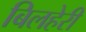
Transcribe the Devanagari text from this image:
बिलहेरी